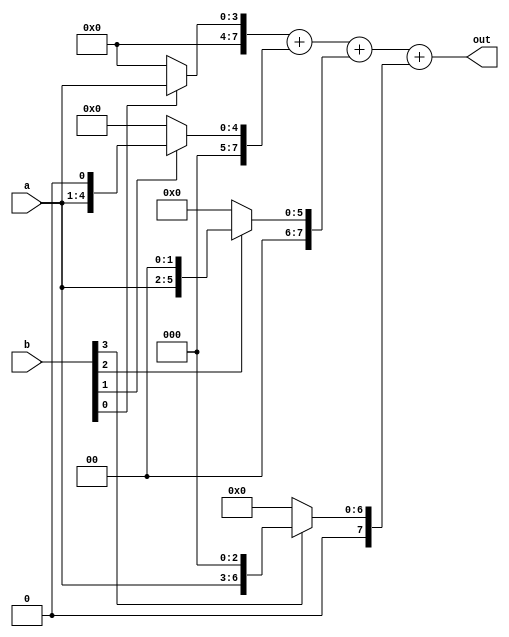
module Multiplier(input [3:0]a,b,
		  output reg [7:0] out);
	
		  reg [7:0] t1,t2,t3,t4;

	always@(a,b)
	begin
		t1=0; t2=0; t3=0; t4=0;
		if(b[0]) 
			t1 = a<<0;
		if(b[1]) 
			t2 = a<<1;
		if(b[2]) 
			t3 = a<<2;
		if(b[3]) 
			t4 = a<<3;

		out = t1+t2+t3+t4;
	end
endmodule